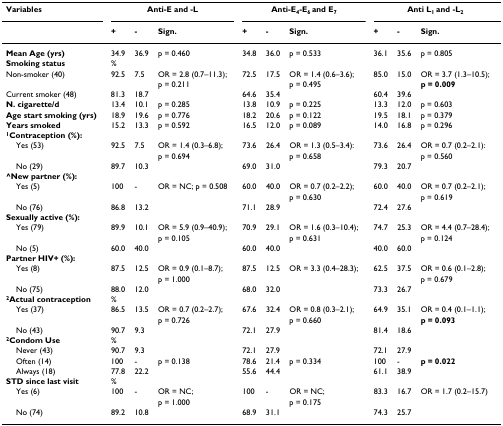
<table><thead><tr><td><b>Variables</b></td><td colspan="3"><b>Anti-E and -L</b></td><td colspan="3"><b>Anti-E<sub>4</sub>-E<sub>6 </sub>and E<sub>7</sub></b></td><td colspan="3"><b>Anti L<sub>1 </sub>and -L<sub>2</sub></b></td></tr><tr><td></td><td><b>+</b></td><td><b>-</b></td><td><b>Sign.</b></td><td><b>+</b></td><td><b>-</b></td><td><b>Sign.</b></td><td><b>+</b></td><td><b>-</b></td><td><b>Sign.</b></td></tr></thead><tbody><tr><td><b>Mean Age (yrs)</b></td><td>34.9</td><td>36.9</td><td>p = 0.460</td><td>34.8</td><td>36.0</td><td>p = 0.533</td><td>36.1</td><td>35.6</td><td>p = 0.805</td></tr><tr><td><b>Smoking status</b></td><td>%</td><td></td><td></td><td></td><td></td><td></td><td></td><td></td><td></td></tr><tr><td>Non-smoker (40)</td><td>92.5</td><td>7.5</td><td>OR = 2.8 (0.7–11.3); </td><td>72.5</td><td>17.5</td><td>OR = 1.4 (0.6–3.6); </td><td>85.0</td><td>15.0</td><td>OR = 3.7 (1.3–10.5); </td></tr><tr><td></td><td></td><td></td><td>p = 0.211</td><td></td><td></td><td>p = 0.495</td><td></td><td></td><td><b>p = 0.009</b></td></tr><tr><td>Current smoker (48)</td><td>81.3</td><td>18.7</td><td></td><td>64.6</td><td>35.4</td><td></td><td>60.4</td><td>39.6</td><td></td></tr><tr><td><b>N. cigarette/d</b></td><td>13.4</td><td>10.1</td><td>p = 0.285</td><td>13.8</td><td>10.9</td><td>p = 0.225</td><td>13.3</td><td>12.0</td><td>p = 0.603</td></tr><tr><td><b>Age start smoking (yrs)</b></td><td>18.9</td><td>19.6</td><td>p = 0.776</td><td>18.2</td><td>20.6</td><td>p = 0.122</td><td>19.5</td><td>18.1</td><td>p = 0.379</td></tr><tr><td><b>Years smoked</b></td><td>15.2</td><td>13.3</td><td>p = 0.592</td><td>16.5</td><td>12.0</td><td>p = 0.089</td><td>14.0</td><td>16.8</td><td>p = 0.296</td></tr><tr><td><b><sup>1</sup>Contraception (%):</b></td><td></td><td></td><td></td><td></td><td></td><td></td><td></td><td></td><td></td></tr><tr><td> Yes (53)</td><td>92.5</td><td>7.5</td><td>OR = 1.4 (0.3–6.8); </td><td>73.6</td><td>26.4</td><td>OR = 1.3 (0.5–3.4): </td><td>73.6</td><td>26.4</td><td>OR = 0.7 (0.2–2.1): </td></tr><tr><td></td><td></td><td></td><td>p = 0.694</td><td></td><td></td><td>p = 0.658</td><td></td><td></td><td>p = 0.560</td></tr><tr><td> No (29)</td><td>89.7</td><td>10.3</td><td></td><td>69.0</td><td>31.0</td><td></td><td>79.3</td><td>20.7</td><td></td></tr><tr><td><b>^New partner (%):</b></td><td></td><td></td><td></td><td></td><td></td><td></td><td></td><td></td><td></td></tr><tr><td> Yes (5)</td><td>100</td><td>-</td><td>OR = NC; p = 0.508</td><td>60.0</td><td>40.0</td><td>OR = 0.7 (0.2–2.2); </td><td>60.0</td><td>40.0</td><td>OR = 0.7 (0.2–2.1); </td></tr><tr><td></td><td></td><td></td><td></td><td></td><td></td><td>p = 0.630</td><td></td><td></td><td>p = 0.619</td></tr><tr><td> No (76)</td><td>86.8</td><td>13.2</td><td></td><td>71.1</td><td>28.9</td><td></td><td>72.4</td><td>27.6</td><td></td></tr><tr><td><b>Sexually active (%):</b></td><td></td><td></td><td></td><td></td><td></td><td></td><td></td><td></td><td></td></tr><tr><td> Yes (79)</td><td>89.9</td><td>10.1</td><td>OR = 5.9 (0.9–40.9); </td><td>70.9</td><td>29.1</td><td>OR = 1.6 (0.3–10.4); </td><td>74.7</td><td>25.3</td><td>OR = 4.4 (0.7–28.4); </td></tr><tr><td></td><td></td><td></td><td>p = 0.105</td><td></td><td></td><td>p = 0.631</td><td></td><td></td><td>p = 0.124</td></tr><tr><td> No (5)</td><td>60.0</td><td>40.0</td><td></td><td>60.0</td><td>40.0</td><td></td><td>40.0</td><td>60.0</td><td></td></tr><tr><td><b>Partner HIV+ (%):</b></td><td></td><td></td><td></td><td></td><td></td><td></td><td></td><td></td><td></td></tr><tr><td> Yes (8)</td><td>87.5</td><td>12.5</td><td>OR = 0.9 (0.1–8.7);</td><td>87.5</td><td>12.5</td><td>OR = 3.3 (0.4–28.3);</td><td>62.5</td><td>37.5</td><td>OR = 0.6 (0.1–2.8); </td></tr><tr><td></td><td></td><td></td><td>p = 1.000</td><td></td><td></td><td></td><td></td><td></td><td>p = 0.679</td></tr><tr><td> No (75)</td><td>88.0</td><td>12.0</td><td></td><td>68.0</td><td>32.0</td><td></td><td>73.3</td><td>26.7</td><td></td></tr><tr><td><b><sup>2</sup>Actual contraception</b></td><td>%</td><td></td><td></td><td></td><td></td><td></td><td></td><td></td><td></td></tr><tr><td> Yes (37)</td><td>86.5</td><td>13.5</td><td>OR = 0.7 (0.2–2.7); </td><td>67.6</td><td>32.4</td><td>OR = 0.8 (0.3–2.1); </td><td>64.9</td><td>35.1</td><td>OR = 0.4 (0.1–1.1); </td></tr><tr><td></td><td></td><td></td><td>p = 0.726</td><td></td><td></td><td>p = 0.660</td><td></td><td></td><td><b>p = 0.093</b></td></tr><tr><td> No (43)</td><td>90.7</td><td>9.3</td><td></td><td>72.1</td><td>27.9</td><td></td><td>81.4</td><td>18.6</td><td></td></tr><tr><td><b><sup>2</sup>Condom Use</b></td><td>%</td><td></td><td></td><td></td><td></td><td></td><td></td><td></td><td></td></tr><tr><td> Never (43)</td><td>90.7</td><td>9.3</td><td></td><td>72.1</td><td>27.9</td><td></td><td>72.1</td><td>27.9</td><td></td></tr><tr><td> Often (14)</td><td>100</td><td>-</td><td>p = 0.138</td><td>78.6</td><td>21.4</td><td>p = 0.334</td><td>100</td><td>-</td><td><b>p = 0.022</b></td></tr><tr><td> Always (18)</td><td>77.8</td><td>22.2</td><td></td><td>55.6</td><td>44.4</td><td></td><td>61.1</td><td>38.9</td><td></td></tr><tr><td><b>STD since last visit</b></td><td>%</td><td></td><td></td><td></td><td></td><td></td><td></td><td></td><td></td></tr><tr><td> Yes (6)</td><td>100</td><td>-</td><td>OR = NC; </td><td>100</td><td>-</td><td>OR = NC; </td><td>83.3</td><td>16.7</td><td>OR = 1.7 (0.2–15.7)</td></tr><tr><td></td><td></td><td></td><td>p = 1.000</td><td></td><td></td><td>p = 0.175</td><td></td><td></td><td></td></tr><tr><td> No (74)</td><td>89.2</td><td>10.8</td><td></td><td>68.9</td><td>31.1</td><td></td><td>74.3</td><td>25.7</td><td></td></tr></tbody></table>